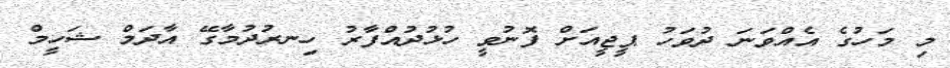
މި މަހުގެ އެއްވަނަ ދުވަހު ޕީޖީއަށް ފޮނުވީ ހުޅުދުއްފާރު ހިނރުދުމާގޭ އާދަމް ޝަހީމް